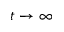
t \rightarrow \infty